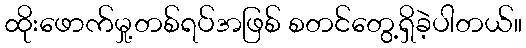
ထိုးဖောက်မှု့တစ်ရပ်အဖြစ် စတင်တွေ့ရှိခဲ့ပါတယ်။